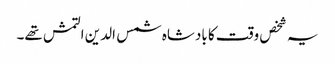
یہ شخص وقت کا بادشاہ شمس الدین التمش تھے۔